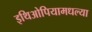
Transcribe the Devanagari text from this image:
इथिओपियामधल्या